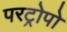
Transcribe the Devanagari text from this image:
परट्रोपो